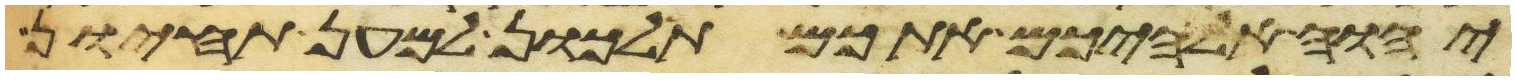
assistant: יהוה אלהיכם אתכם תלכון למען תחיון